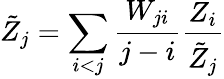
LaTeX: \tilde{Z}_{j}=\sum_{i<j}\frac{W_{ji}}{j-i}\frac{Z_{i}}{\tilde{Z}_{j}}